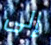
إلى